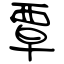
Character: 覃